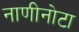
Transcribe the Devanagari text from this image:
नाणीनोटा